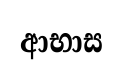
ආභාස